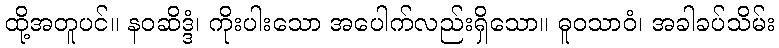
ထို့အတူပင်။ နဝဆိဒ္ဒံ၊ ကိုးပါးသော အပေါက်လည်းရှိသော။ ဓူဝသာဝံ၊ အခါခပ်သိမ်း